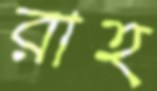
রাহ